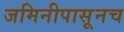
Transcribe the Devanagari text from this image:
जमिनीपासूनच